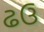
ઢઉ